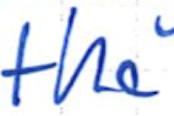
Text: the
Cross-out: clean
Writing tool: ballpoint